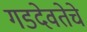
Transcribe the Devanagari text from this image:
गडदेवतेचे